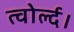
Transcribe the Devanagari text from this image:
त्वोर्ल्द।